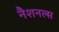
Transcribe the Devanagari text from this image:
नैशनल्स